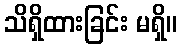
သိရှိထားခြင်း မရှိ။